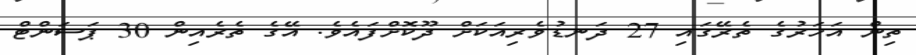
ތިން އަހަރުގެ ތެރޭގައި 27 ދަނޑުވެރިއަކަށް ދޫކޮށްފައެވެ. އޭގެ ތެރެއިން 30 ޕަސަންޓް